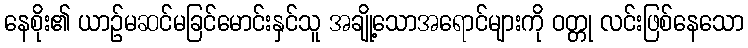
နေစိုး၏ ယာဉ်မဆင်မခြင်မောင်းနှင်သူ အချို့သောအရောင်များကို ဝတ္တု လင်းဖြစ်နေသော